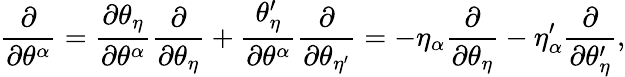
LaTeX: \frac{\partial}{\partial\theta^{\alpha}}=\frac{\partial\theta_{\eta}}{\partial\theta^{\alpha}}\frac{\partial}{\partial\theta_{\eta}}+\frac{\theta_{\eta}^{\prime}}{\partial\theta^{\alpha}}\frac{\partial}{\partial\theta_{\eta^{\prime}}}=-\eta_{\alpha}\frac{\partial}{\partial\theta_{\eta}}-\eta_{\alpha}^{\prime}\frac{\partial}{\partial\theta_{\eta}^{\prime}},